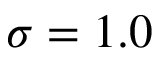
\sigma = 1 . 0